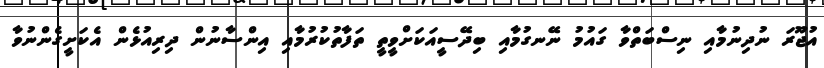
އުޖޫރަ ނުދިނުމާއި ނިސްބަތްވާ ގައުމު ނޭނގުމާއި ބިދޭސީއަކަށްވީތީ ތަފާތުކުރުމާއި އިންސާނުން ދިރިއުޅެން އެކަށީގެންނުވާ